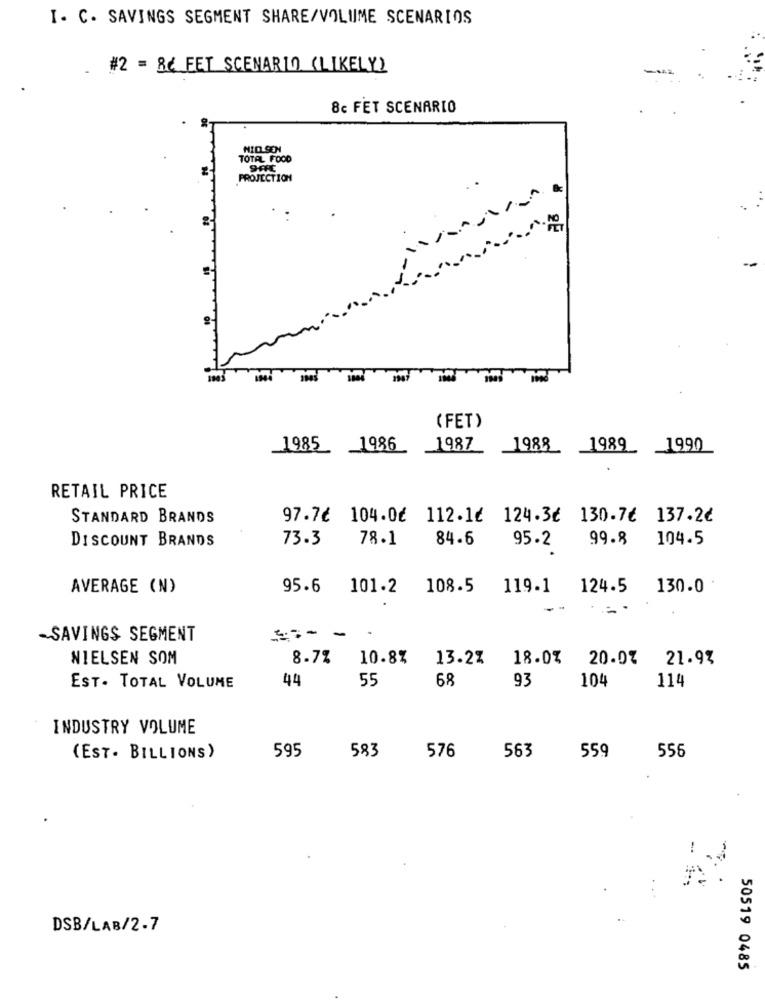
I. C. SAVINGS SEGMENT SHARE/VOLUME SCENARIOS
#2 = 8č FET SCENARIO (LIKELY)
8c FET SCENARIO
NID SEN
TOTAL FOOD
PROJECTION
&
( FET)
1985 1986 1987
1988 1989 1990
RETAIL PRICE
STANDARD BRANDS
97.7€ 104.0€ 112.1€ 124.3€ 130.7€ 137.2€
DISCOUNT BRANDS
73.3
78.1
84.6
99.8
104.5
95.2
AVERAGE (N)
95.6
101.2
108.5
119-1
124.5
130.0
-SAVINGS SEGMENT
==--
NIELSEN SOM
8.7% 10.8%
13.2%
18.0%
20.0%
21.9%
44
55
68
93
104
114
EST. TOTAL VOLUME
INDUSTRY VOLUME
595
583
563
559
(EST . BILLIONS)
576
556
-
DSB/LAB/2-7
50519 0485